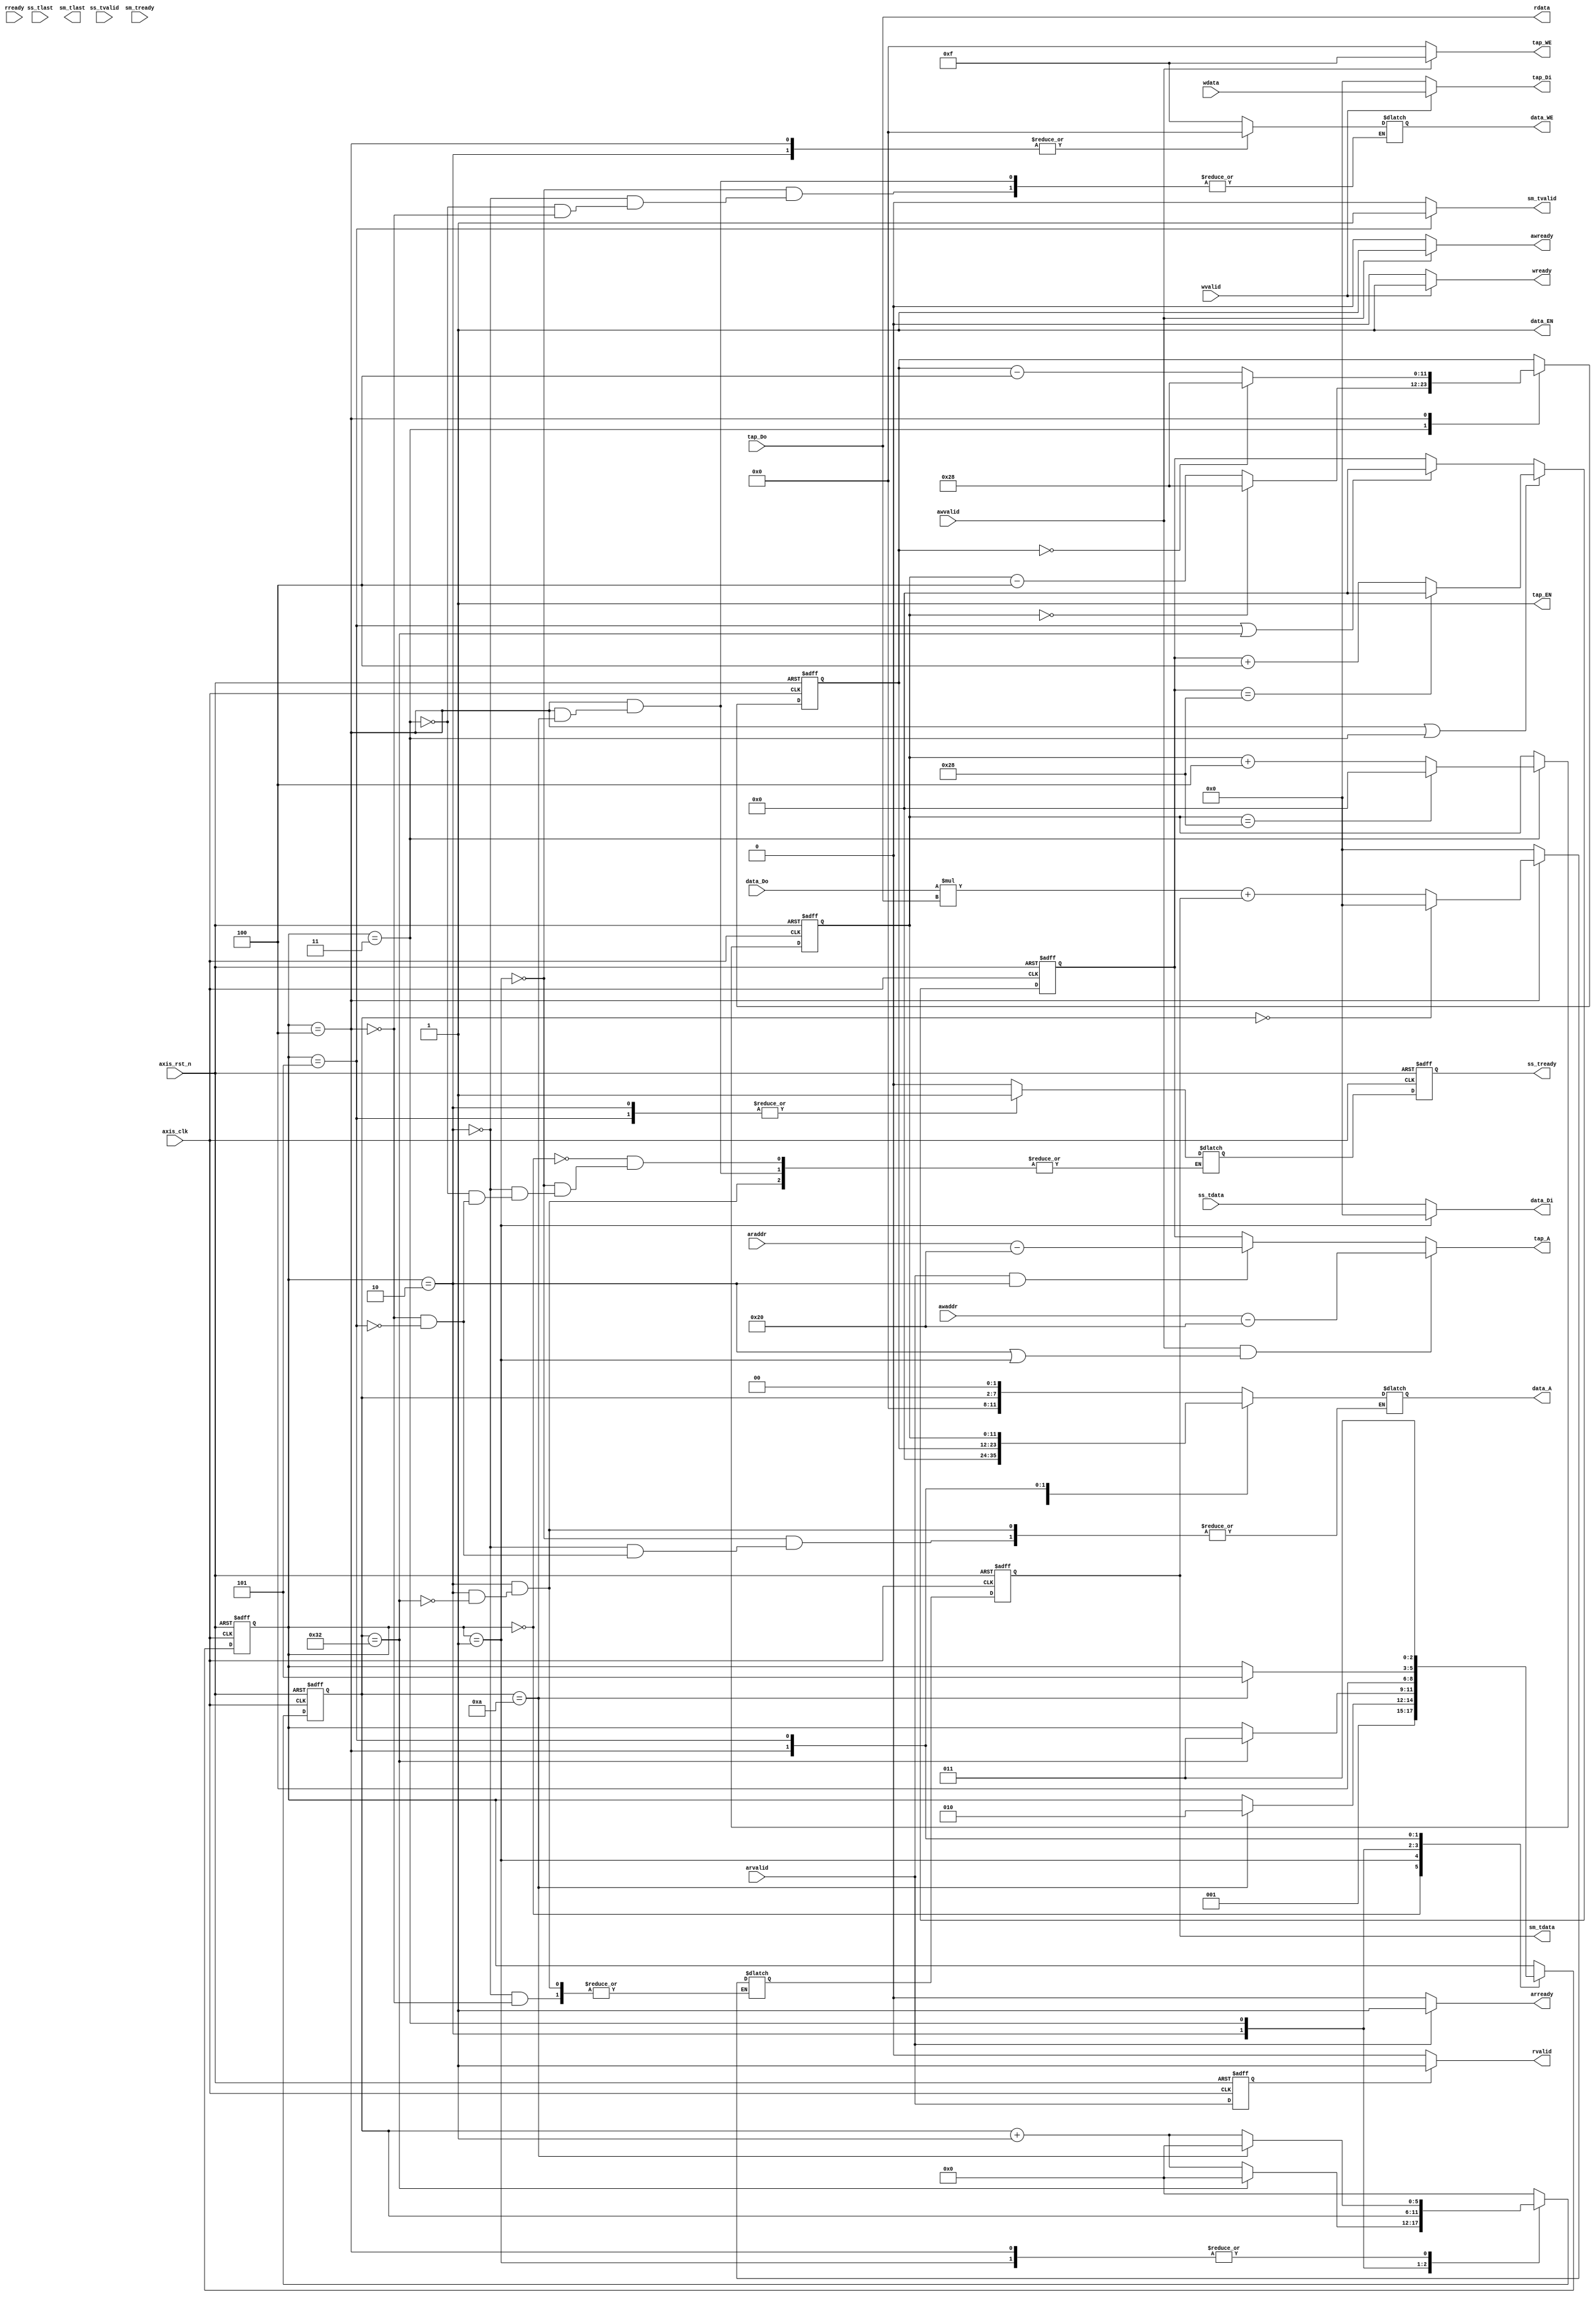
module fir 
#(  parameter pADDR_WIDTH = 12,
    parameter pDATA_WIDTH = 32,
    parameter Tape_Num    = 11
)
(
    //axi-lite write:0,1,,2,3,4
    output  wire                     awready,//addr write ready 2
    output  wire                     wready,//write ready3
    input   wire                     awvalid,//addr write valid 1
    input   wire [(pADDR_WIDTH-1):0] awaddr,//addr write 0
    input   wire                     wvalid,//write valid 4
    input   wire [(pDATA_WIDTH-1):0] wdata,//write data 0
    //axi-lite read:0,1,2,3,4
    output  wire                     arready,//addr read ready 2
    input   wire                     rready,//read ready 3
    input   wire                     arvalid,//addr read valid 1
    input   wire [(pADDR_WIDTH-1):0] araddr,//addr read 0
    output  wire                     rvalid,//read valid 4
    output  wire [(pDATA_WIDTH-1):0] rdata,//read data  0
    //axi-stream write
    input   wire                     ss_tvalid, 
    input   wire [(pDATA_WIDTH-1):0] ss_tdata, 
    input   wire                     ss_tlast, 
    output  wire                     ss_tready,
    // axi-stream read
    input   wire                     sm_tready, 
    output  wire                     sm_tvalid, 
    output  wire [(pDATA_WIDTH-1):0] sm_tdata, 
    output  wire                     sm_tlast, 
    
    // bram for tap RAM
    output  wire [3:0]               tap_WE,
    output  wire                     tap_EN,
    output  wire [(pDATA_WIDTH-1):0] tap_Di,
    output  wire [(pADDR_WIDTH-1):0] tap_A,
    input   wire [(pDATA_WIDTH-1):0] tap_Do,

    // bram for data RAM
    output  wire [3:0]               data_WE,
    output  wire                     data_EN,
    output  wire [(pDATA_WIDTH-1):0] data_Di,
    output  wire [(pADDR_WIDTH-1):0] data_A,
    input   wire [(pDATA_WIDTH-1):0] data_Do,

    input   wire                     axis_clk,
    input   wire                     axis_rst_n


);
////////////////////////////////////////////////////////////////
//                  write coefficient                         //
////////////////////////////////////////////////////////////////
//--------------------------reg &wire--------------------------
parameter idle =3'b000;
parameter zero =3'b001;
parameter await=3'b010;
parameter write=3'b011;
parameter mac  =3'b100;
parameter out_yn = 3'b101;
reg [5:0] counter_w,counter_r;//bram cnt
reg [3:0] mac_cnt_w,mac_cnt_r;
reg [2:0] state_w,state_r;
reg ss_tready_w,ss_tready_r;
reg [3:0] data_WE_w;//data_WE_r;
//reg data_EN_w;//data_EN_r;
reg [(pDATA_WIDTH-1):0] data_Di_w;//data_Di_r;
reg [(pADDR_WIDTH-1):0] data_A_w;//data_A_r;
reg [11:0] inputcount_w,inputcount_r;
reg [11:0] cycleaddr_w,cycleaddr_r;
reg signed [31:0] acccccccccccccccccccccccc_w,acccccccccccccccccccccccc_r;


reg [31:0] data_length_w,data_length_r;
reg                arvalid_w,arvalid_r;
reg wready_w ;
reg awready_w;
reg [3:0] tap_WE_w ;
reg tap_EN_w;
reg [(pADDR_WIDTH-1):0] tap_A_w;
reg [(pDATA_WIDTH-1):0] tap_Di_w;
reg [11:0] tapcont_w,tapcont_r;
reg arready_w;
reg rvalid_w;
reg [(pDATA_WIDTH-1):0] rdata_w;
//--------------------------combinational block--------------
//write in axi-lite bram check57-62!
assign wready =wready_w;
assign awready=awready_w;
assign tap_WE =tap_WE_w;
assign tap_EN =1;
//assign tap_EN =tap_EN_w;
assign tap_A=tap_A_w;
assign tap_Di=tap_Di_w;
always @(*) begin
    tapcont_w =(state_r==5 || counter_r ==50)?0:tapcont_r;

    wready_w=(wvalid)?1:0;
    awready_w=(awvalid)?1:0;
    tap_WE_w=(awvalid)?4'b1111:4'b0000;
    tap_EN_w=(awvalid || arvalid)?1'b1:1'b0;
    
    /*if(state_r == 4) begin
        tapcont_w = (tapcont_r==40)?0:tapcont_r + 4;
        tap_A_w = tapcont_r;
    end else if (awvalid)begin
        tap_A_w = awaddr-12'h20;
    end else if (arvalid)begin
        tap_A_w = araddr-12'h20;
    end*/
    if (state_r == 4 || state_r == 3) begin
        tapcont_w = (tapcont_r==40)?0:tapcont_r + 4; 
    end
    tap_A_w=(awvalid&& (state_r ==2 || state_r ==1))?awaddr-12'h20:((arvalid && state_r ==2)?araddr-12'h20:tapcont_r);
    tap_Di_w=(wvalid)?wdata:0;
    data_length_w=data_length_r;
    if(awaddr==12'h10) data_length_w=wdata;
end
//read axi-lite bram & check
assign arready=arready_w;
assign rvalid=rvalid_w;//sth wrong
assign rdata=rdata_w;
assign sm_tvalid = (state_r == 5)?1:0;
assign sm_tdata = acccccccccccccccccccccccc_r;
always @(*) begin
    arready_w=(arvalid)?1:0;
    rvalid_w=(arvalid_r)?1:0;
    rdata_w=tap_Do;
    arvalid_w=arvalid;
end
//--------------------------sequential block-------------------
always @(posedge axis_clk or negedge axis_rst_n) begin
    if (!axis_rst_n) begin
       data_length_r <= 0;
       arvalid_r <= 0; 
    end else begin
        data_length_r <= data_length_w;
        arvalid_r <= arvalid_w; 
    end
end

////////////////////////////////////////////////////////////////
//                  write data                                //
////////////////////////////////////////////////////////////////
//--------------------------parameter & reg &wire------------

//--------------------------combinational block--------------
//write in axi-stream bram
//FSM BEGIN
always @(*) begin
   case (state_r)
    idle:                     state_w=zero;
    zero:begin
        if(counter_r==10'd10) state_w= await;
        else                  state_w=state_r;
    end
    await:begin
        if(counter_r==10'd50) state_w=write;
        else                  state_w=state_r;
    end                     
    write:                     state_w=mac;
    mac:begin
        if(counter_r==10'd10) state_w=out_yn;
        else                  state_w=state_r;
    end                     
    out_yn:begin
        state_w = write;
    end           
    default:state_w=state_r; 
   endcase 
end
//FSM END
assign ss_tready=ss_tready_r;
assign data_WE=data_WE_w;
assign data_EN=1;
//assign data_EN=data_EN_w;
assign data_Di=(state_r == 1)?0:ss_tdata;
assign data_A=data_A_w;
always @(*) begin
cycleaddr_w = cycleaddr_r;
inputcount_w = inputcount_r;
counter_w=0;
    case (state_r)
    idle:begin
        ss_tready_w=0;
    end
    zero:begin
        ss_tready_w=0;
        //cnt
        counter_w=counter_r+1;
        if(counter_r==10'd10) begin
            counter_w=0;
        end
        //0
        data_WE_w=4'b1111;
        data_Di_w=0;
        data_A_w=counter_r<<2;
    end
    await:begin
        counter_w=counter_r+1;
        data_WE_w=0;
        if(counter_r==10'd50) begin
            counter_w=0;
            ss_tready_w=1;
            data_Di_w=ss_tdata;
            data_A_w= 0;
            acccccccccccccccccccccccc_w = 0;
        end
    end
    write:begin //input data macinput
        ss_tready_w=0;
        counter_w=counter_r;
        inputcount_w=(inputcount_r ==40)?0:inputcount_r+4;
        cycleaddr_w = (inputcount_r==0)?40:inputcount_r-4;
        data_WE_w=4'b1111;
    end
    mac:begin
        counter_w=counter_r+1;//Write
        cycleaddr_w = (cycleaddr_r==0)?40:cycleaddr_r-4;
        data_A_w = cycleaddr_r;
        if(counter_r==10'd10) begin
            counter_w=0;
        end else begin
            ss_tready_w=0;
            data_WE_w=4'b0000;
        end
        acccccccccccccccccccccccc_w=(counter_r==10'd0)?0:($signed(data_Do)*$signed(tap_Do)+acccccccccccccccccccccccc_r);
    end
    out_yn:begin
        //addr
        //output data
        ss_tready_w=1;
        data_A_w = inputcount_r;

    end   
       
     
   endcase 
end
always @(posedge axis_clk or negedge axis_rst_n ) begin
    if (!axis_rst_n) begin
        state_r <= 0;
        counter_r <= 0;
        ss_tready_r<=0;
        mac_cnt_r<=0; 
        inputcount_r <= 0;
        acccccccccccccccccccccccc_r <= 0;
        cycleaddr_r <= 0;
        tapcont_r <= 0;
     end else begin
        state_r     <= state_w;
        counter_r   <= counter_w;
        ss_tready_r <= ss_tready_w;
        mac_cnt_r   <= mac_cnt_w;
        inputcount_r <= inputcount_w; 
        acccccccccccccccccccccccc_r <= acccccccccccccccccccccccc_w;
        cycleaddr_r <= cycleaddr_w;
        tapcont_r <= tapcont_w;
     end
end
endmodule